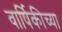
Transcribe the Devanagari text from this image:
वार्षिकीच्या